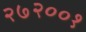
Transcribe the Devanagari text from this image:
२७२००१